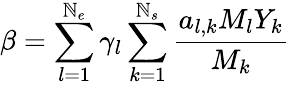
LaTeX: \beta=\sum_{l=1}^{\mathbb{N}_{e}}\gamma_{l}\sum_{k=1}^{\mathbb{N}_{s}}\frac{{a_{l,k}M_{l}Y_{k}}}{{M_{k}}}